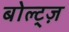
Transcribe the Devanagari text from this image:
बोल्ट्ज़